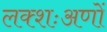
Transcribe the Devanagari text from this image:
लक्शःअणों